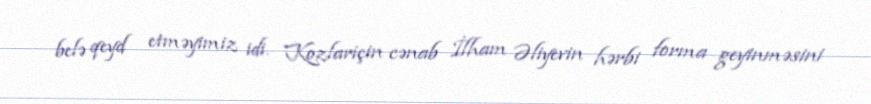
belə qeyd etməyimiz idi. Kozlariçin cənab İlham Əliyevin hərbi forma geyinməsini